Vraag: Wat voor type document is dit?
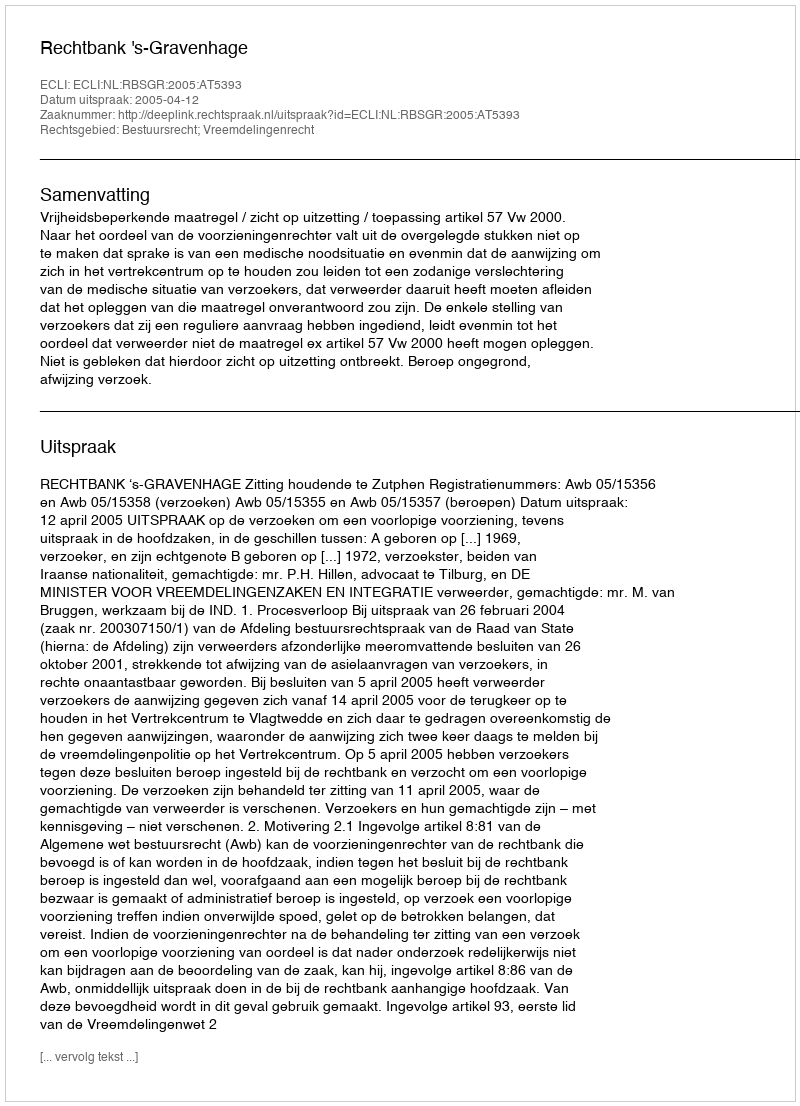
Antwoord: Uitspraak